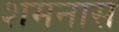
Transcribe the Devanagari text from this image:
शमनास